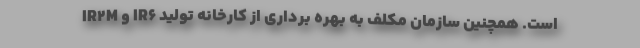
IR۲M و IR۶ است. همچنین سازمان مکلف به بهره برداری از کارخانه تولید